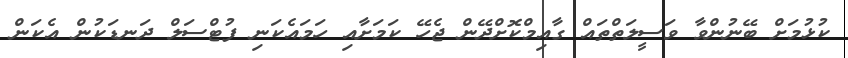
ކުޅުމަށް ބޭނުންވާ ވަސީލަތްތައް ގާއިމްކޮށްދޭން ޖެހޭ ކަމަށާއި ހަމައެކަނި ފުޓްސަލް ދަނޑަކުން އެކަން